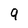
Character: 9